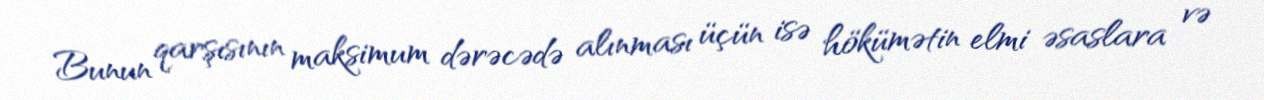
Bunun qarşısının maksimum dərəcədə alınması üçün isə hökümətin elmi əsaslara və